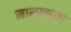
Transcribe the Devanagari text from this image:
मालाकुला